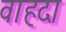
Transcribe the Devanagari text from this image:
वाहदा